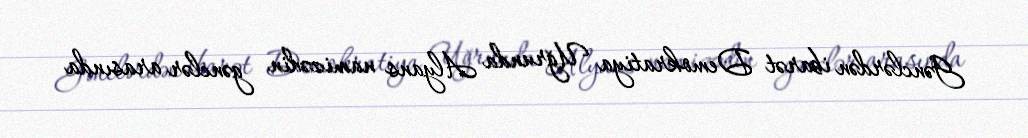
Gənclərdən ibarət Demokratiya Uğrunda Alyans namizədin gənclər arasında